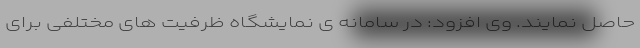
حاصل نمایند. وی افزود: در سامانه ی نمایشگاه ظرفیت های مختلفی برای